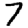
Digit: 7